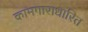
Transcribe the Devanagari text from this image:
कामगाराधारित